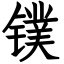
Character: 镤